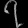
Digit: ၇